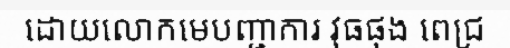
ដោយលោកមេបញ្ជាការ វុធផុង ពេជ្រ